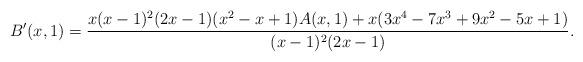
LaTeX: \begin{align*}B'(x,1)=\frac{x(x-1)^2(2x-1)(x^2-x+1)A(x,1)+x(3x^4-7x^3+9x^2-5x+1)}{(x-1)^2(2x-1)}.\end{align*}